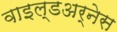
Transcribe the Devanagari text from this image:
वाइल्डअर्नेस